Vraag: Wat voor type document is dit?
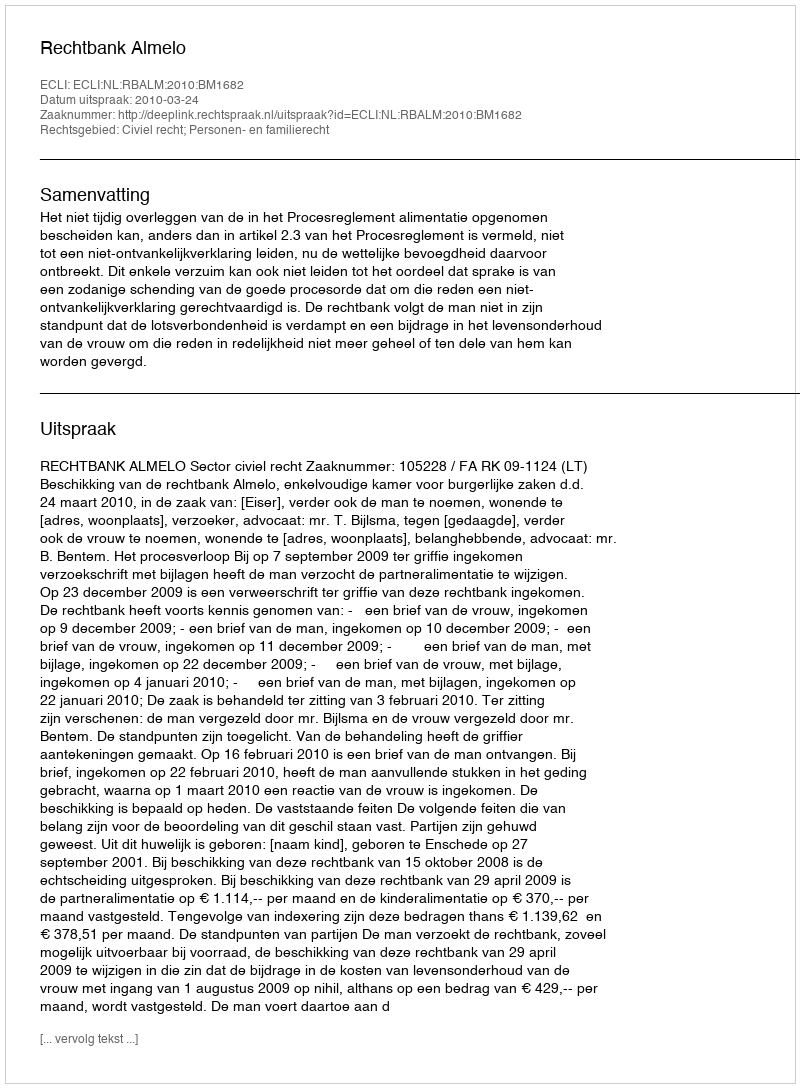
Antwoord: Uitspraak